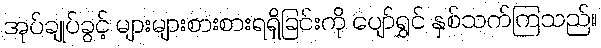
အုပ်ချုပ်ခွင့် များများစားစားရရှိခြင်းကို ပျော်ရွှင် နှစ်သက်ကြသည်။